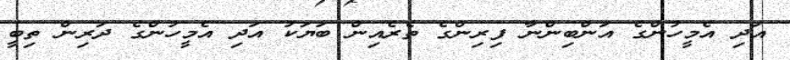
އަދި އެމީހުންގެ އަންބިންނާ ފިރިންގެ ތެރެއިން ބަޔަކު އަދި އެމީހުންގެ ދަރިން ތިބީ